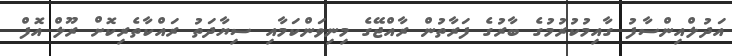
އަދުލްއިންސާފު ގާއިމުކުރުމުގެ ބާރުގެ ފަރާތުން ރާއްޖޭގެ މިނިވަންކަމާއި ސިޔާދަތު ރައްކާތެރިކޮށް ރޫލް އޮފް